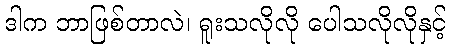
ဒါက ဘာဖြစ်တာလဲ၊ ရူးသလိုလို ပေါသလိုလိုနှင့်